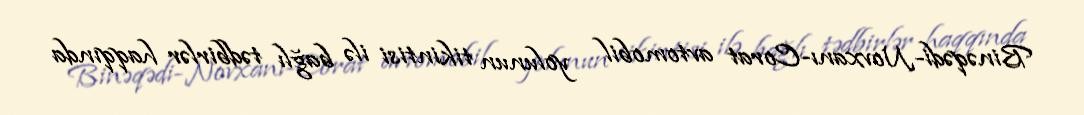
Binəqədi-Novxanı-Corat avtomobil yolunun tikintisi ilə bağlı tədbirlər haqqında